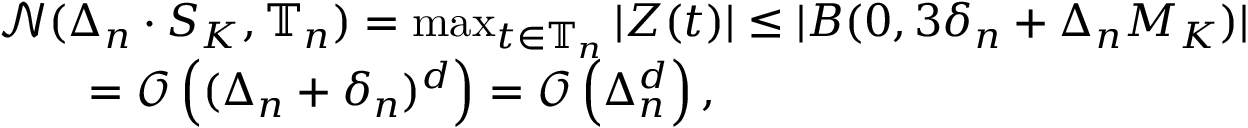
\begin{array} { r l } & { \mathcal { N } ( \Delta _ { n } \cdot S _ { K } , \mathbb { T } _ { n } ) = \operatorname* { m a x } _ { t \in \mathbb { T } _ { n } } | Z ( t ) | \leq | B ( 0 , 3 \delta _ { n } + \Delta _ { n } M _ { K } ) | } \\ & { \quad \quad = \mathcal { O } \left( ( \Delta _ { n } + \delta _ { n } ) ^ { d } \right) = \mathcal { O } \left( \Delta _ { n } ^ { d } \right) , } \end{array}